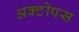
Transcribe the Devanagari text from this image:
अक्टोपस